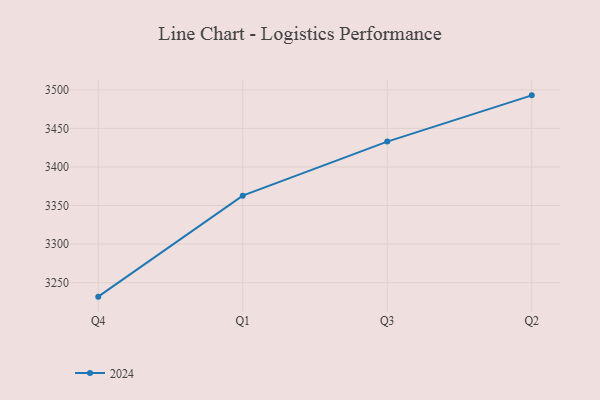
{"axis": {"x": "Quarter", "y": "Bounce Rate (%)"}, "legend": ["2024"], "data": [{"x": "Q4", "y": 3231.8, "type": "2024"}, {"x": "Q1", "y": 3362.8, "type": "2024"}, {"x": "Q3", "y": 3432.9, "type": "2024"}, {"x": "Q2", "y": 3492.9, "type": "2024"}]}